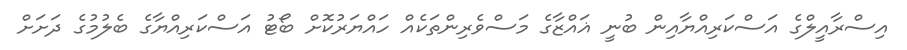
އިސްރާއީލްގެ އަސްކަރިއްޔާއިން ބުނީ ޣައްޒާގެ މަސްވެރިންތަކެއް ހައްޔަރުކޮށް ބޯޓު އަސްކަރިއްޔާގެ ބެލުމުގެ ދަށަށް